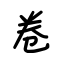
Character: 卷